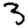
Digit: 3